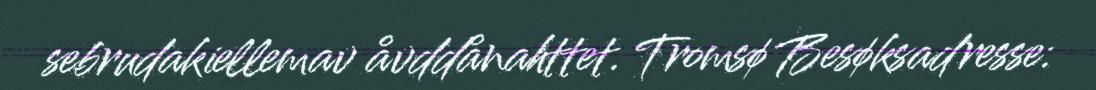
sebrudakiellemav åvddånahttet. Tromsø Besøksadresse: